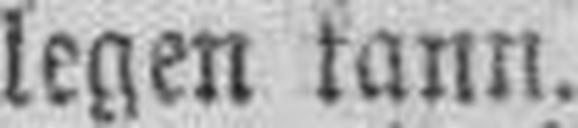
legen kann.